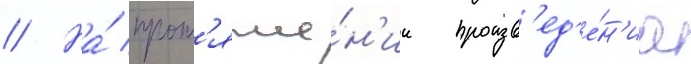
// На́ прот'яже́н'ии произв'ед'е́н'иа